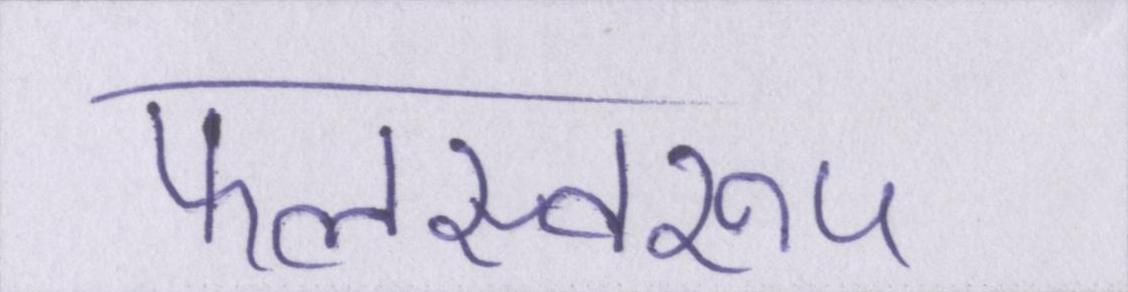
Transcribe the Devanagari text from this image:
फलस्वरूप